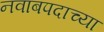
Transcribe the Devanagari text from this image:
नवाबपदाच्या